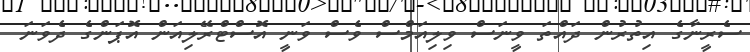
ސެރީނާގެ އިތުރުން ދައްތަ ވީނަސް ވިލިއަމްސް ވެސް ވަނީ އޮސްޓްރޭލިއަން އޮޕަންގެ ދެވަނަ